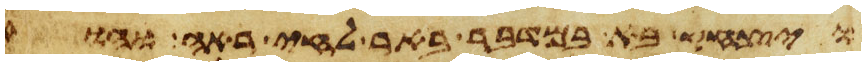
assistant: ויצחק בא במדבר באר לחי ראה והוא